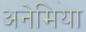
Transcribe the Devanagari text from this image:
अनेमिया